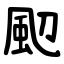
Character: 䫸